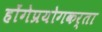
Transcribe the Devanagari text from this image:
होंगेप्रयोगकर्ता